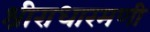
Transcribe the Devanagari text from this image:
श्रीराधारमणी